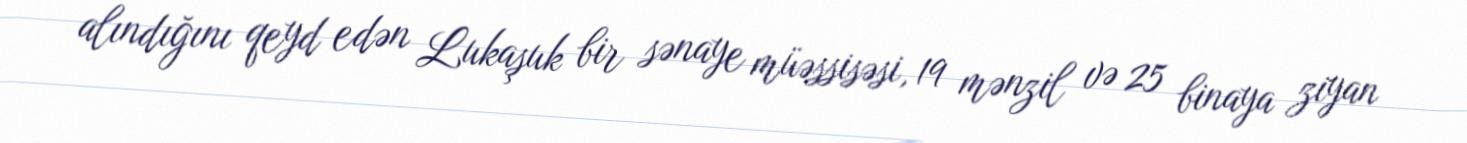
alındığını qeyd edən Lukaşuk bir sənaye müəssisəsi, 19 mənzil və 25 binaya ziyan